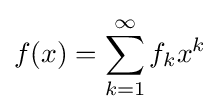
f(x)=\sum _{k=1}^{\infty }f_{k}x^{k}